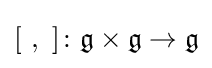
[\ ,\ ]\colon {\mathfrak {g}}\times {\mathfrak {g}}\to {\mathfrak {g}}